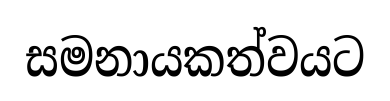
සමනායකත්වයට